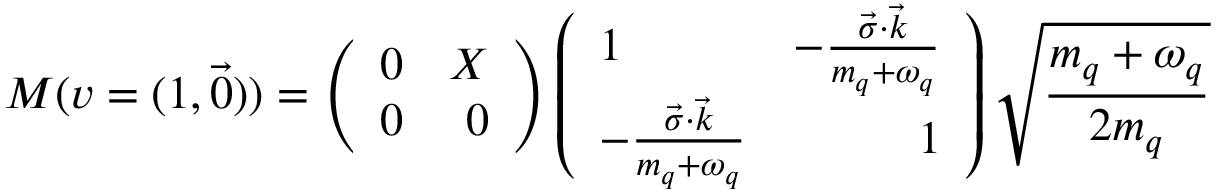
M ( v = ( 1 , \vec { 0 } ) ) = \left( \begin{array} { l r } { { 0 } } & { { X } } \\ { { 0 } } & { { 0 } } \end{array} \right) \left( \begin{array} { l r } { { 1 } } & { { - \frac { \vec { \sigma } \cdot \vec { k } } { m _ { q } + \omega _ { q } } } } \\ { { - \frac { \vec { \sigma } \cdot \vec { k } } { m _ { q } + \omega _ { q } } } } & { { 1 } } \end{array} \right) \sqrt { \frac { m _ { q } + \omega _ { q } } { 2 m _ { q } } }